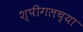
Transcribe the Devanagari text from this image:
श्पीगलच्या